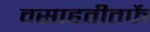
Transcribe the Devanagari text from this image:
वसाहतीतर्फे